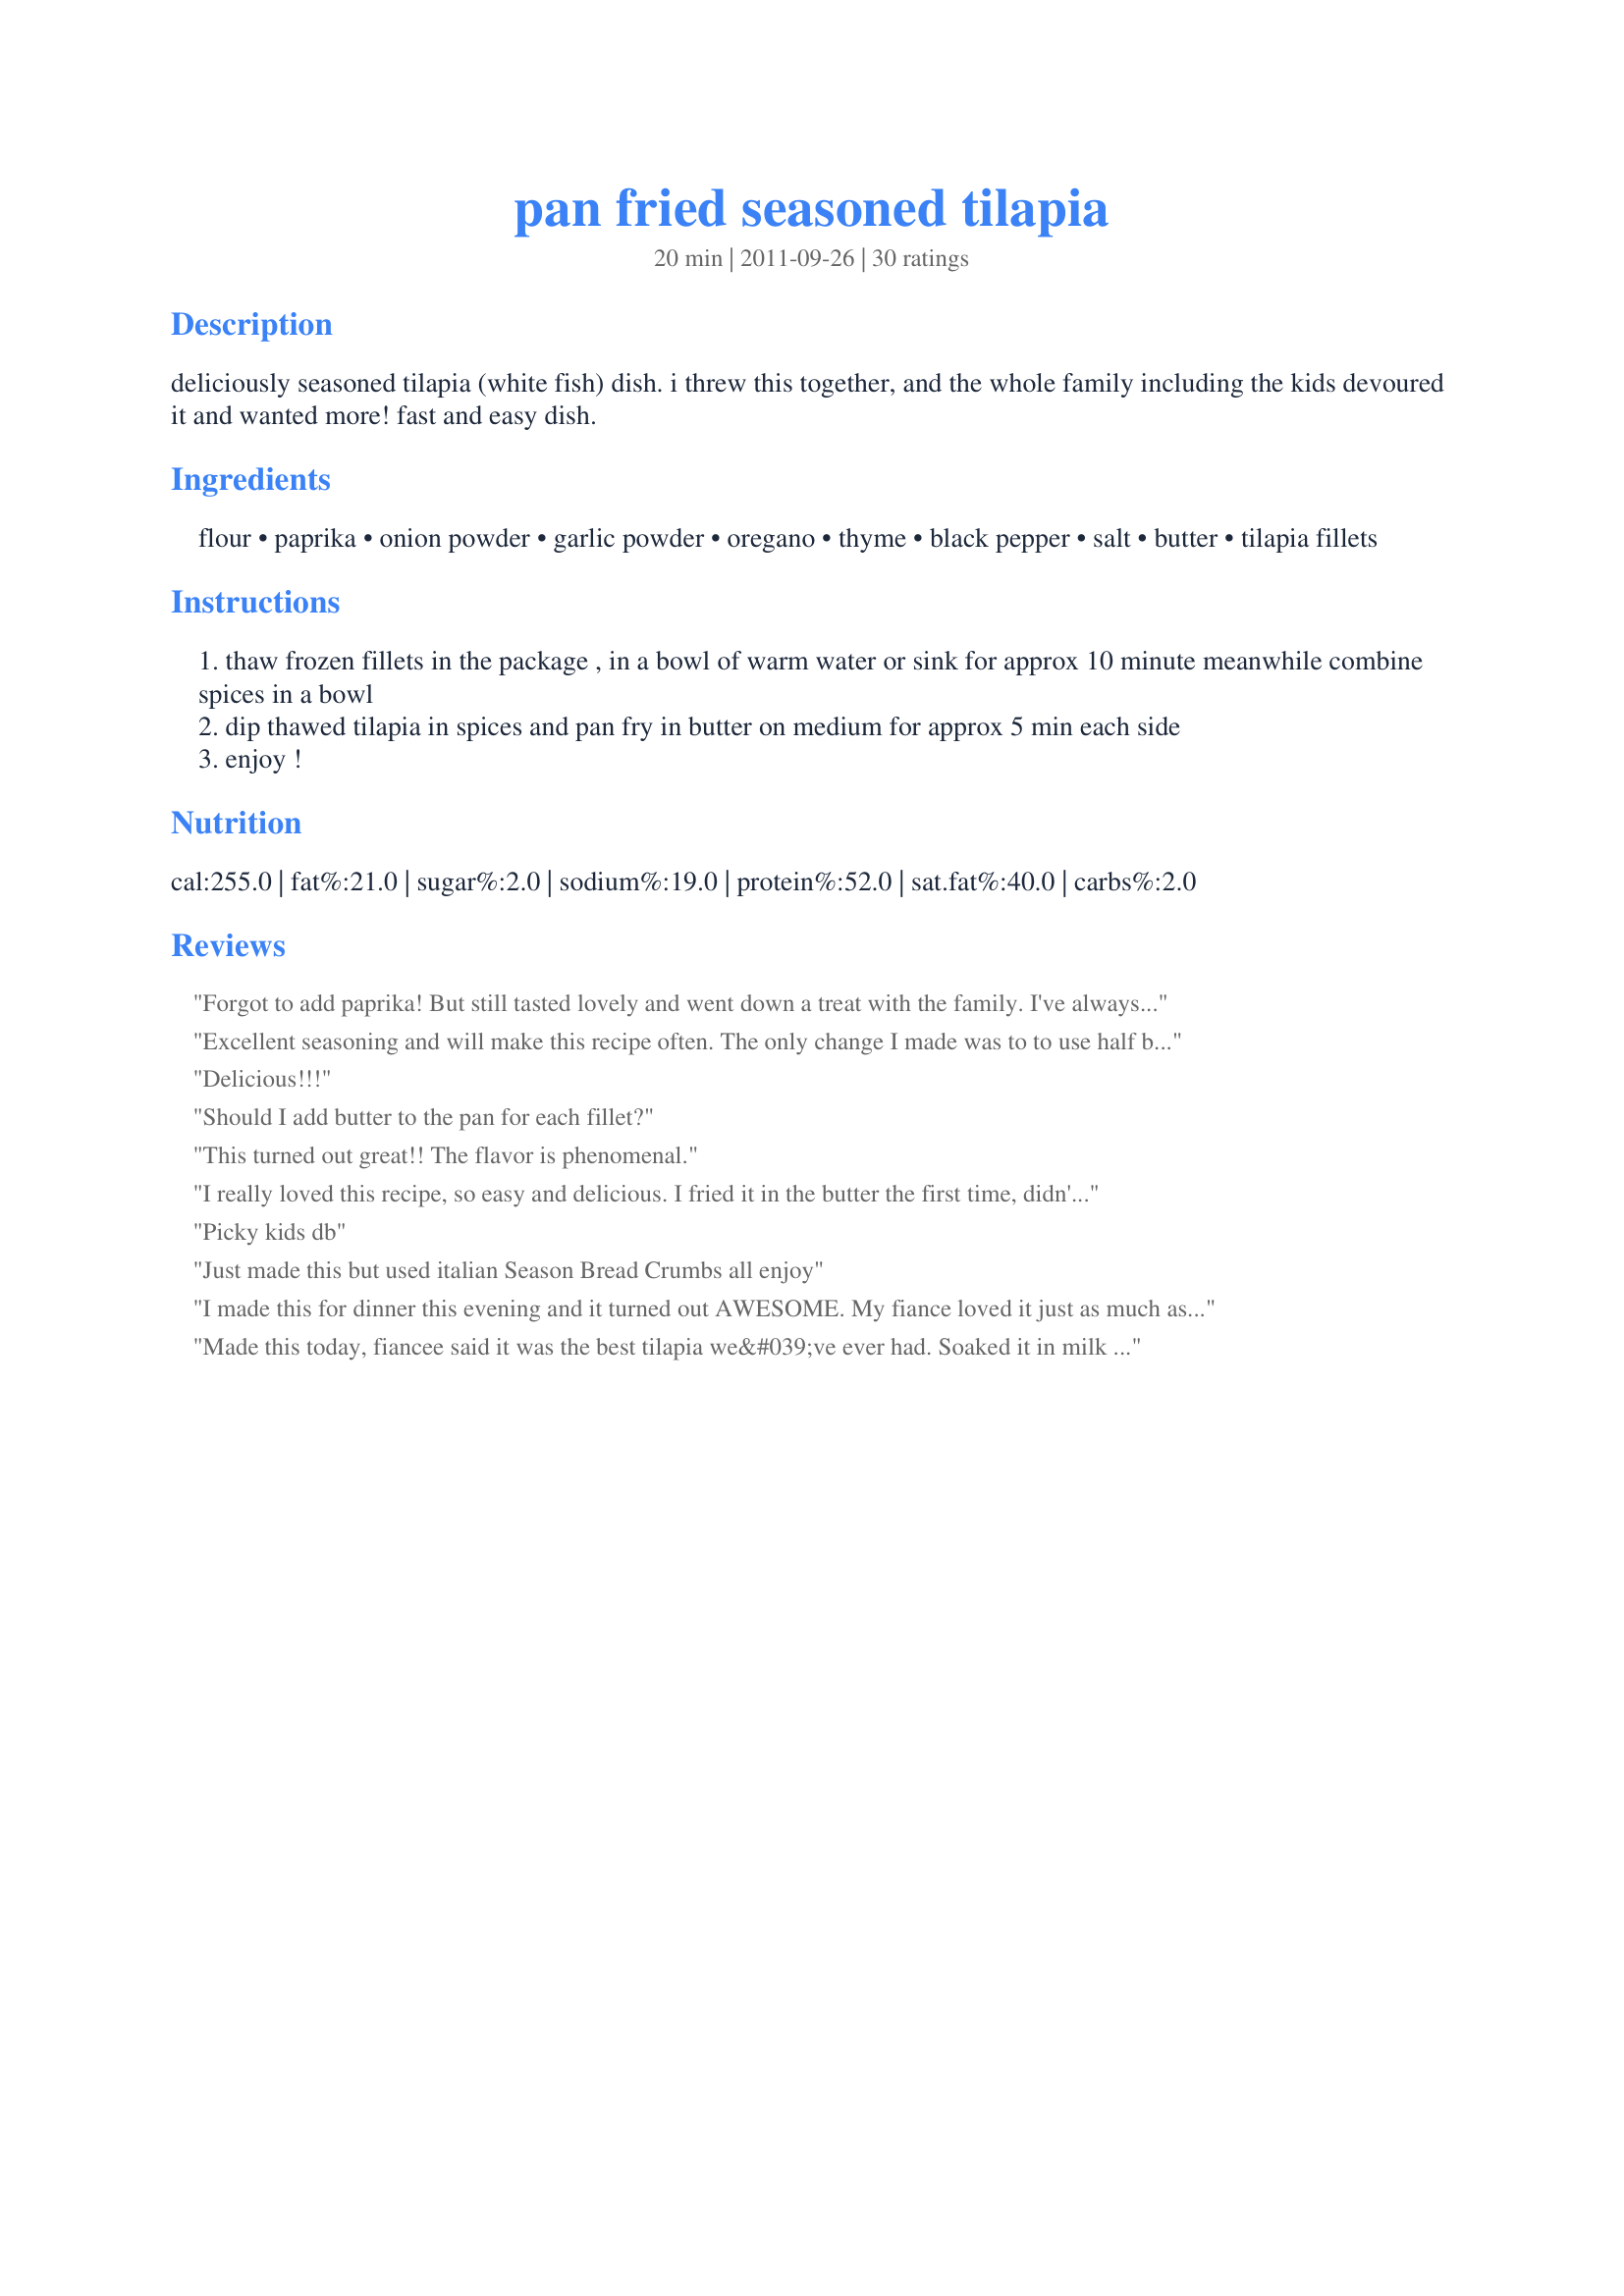
pan fried seasoned tilapia
Preparation time: 20 minutes

deliciously seasoned tilapia (white fish) dish. i threw this together, and the whole family including the kids devoured it and wanted more! fast and easy dish.

Ingredients:
flour, paprika, onion powder, garlic powder, oregano, thyme, black pepper, salt, butter, tilapia fillets

Steps:
thaw frozen fillets in the package , in a bowl of warm water or sink for approx 10 minute meanwhile combine spices in a bowl
dip thawed tilapia in spices and pan fry in butter on medium for approx 5 min each side
enjoy !

Reviews:
Forgot to add paprika! But still tasted lovely and went down a treat with the family. I've always struggled to find something to do with our frozen tilapia but this will now be my go to dish. Took advise and soaked in milk prior to coating also.
Excellent seasoning and will make this recipe often. The only change I made was to to use half butter and half olive oil for the frying. Made for Spring 2013 Pick A Chef.
Delicious!!!
Should I add butter to the pan for each fillet?
This turned out great!! The flavor is phenomenal.
I really loved this recipe, so easy and delicious. I fried it in the butter the first time, didn't like doing that. After reading other reviews, I used olive oil. It was just as tasty, but without the guilty fat and calories. My picky 3 year old likes this more than fish sticks. I love that!!
Picky kids db
Just made this but used italian Season Bread Crumbs all enjoy
I made this for dinner this evening and it turned out AWESOME. My fiance loved it just as much as I did !!!
Made this today, fiancee said it was the best tilapia we&#039;ve ever had. Soaked it in milk as a another user suggested :)
This recipe inspired me to use up some whole wheat flour. For 2 Tilapia filets I used 2 tablespoons of flour mixed with salt and seasonings. Dipped fish in egg, then flour, then fried. Done in less than 10 minutes including cooking time. Thank you!!
I'm making this dish for the 4th time. Absolutely fell in love with it
Great fish recipe! I really liked the combination of herbs/spices on this - it wasn&#039;t spicy but had great flavor. I sauteed my fish in a small amount of margarine and olive oil. Thanks for sharing your recipe! Made for Spring Pick-A-Chef 2013
Rarely do I ever make a review let alone create an account just to do a review, but this was so good that I couldn't help myself. I didn't have onion powder but it was still delicious! I dipped in milk prior as suggested and glad I did. I also tripled the flour and was worried I had diluted the flavor but it was still awesome. I also used olive oil and added butter to keep it from burning which was a good call. I didn't think I needed nearly the frying time called for, more like 2 minutes each side!
oops I forgot the paprika ... but I didn&#039;t miss it. So tasty and even the picky kids liked it. I will make this again and again. I used wholewheat flour and took a fellow member&#039;s advice and soaked my fish in milk prior to the seasoning. Next time I will add the paprika and see which option I enjoy more.
So good! Thanks for sharing. And my house smells so delicious.
Delish! I would love to give you a hug, but my arms are too short...especially when trying to reach from Louisiana.
My new go-to fish recipe. I had to use whole wheat flour as it was all I had in the house, and I only had apx. 1 teaspoon of paprika, but it was still delicious. I fried it in olive oil and served it with a rice medley and carrots - not a bite of anything left!
This was so easy and tasty! I followed the instructions and half of us ate it as a dish and the other half made a sandwich with it. Definately a keeper. Thank you for posting. Made for Spring PAC 2016.
Wonderful! Followed the recipe exactly, except used shortening to fry in.
Absolutely a delicious recipe. Keep them coming.
This is a good recipe. I only had three fillets so I halved all the ingredients except the butter (because I love butter) Other than that I didn't change a thing. It has good flavor and I'll be adding this recipe to my repertoire. In retrospect I should have halved the butter as well because my fish turned out quite greasy. Now I know for next time.
Loved it! No expensive, esoteric ingredients...no long drawn out process. I did use olive oil instead of butter, the seasoning mix made it!
Love this? came out great
This was a good way to eat tilapia. I followed the recipe except I used olive oil for frying instead of butter. Loved the seasonings on this. Made for Zaar New Kids on the Block Tag Game 2011.
OMG!!! It was amazing!! My 6 little people Absolutely LOVED it! I also used a little coconut oil with the butter to lightly fry the fish and made a lemon glaze to go with it! Finger-licking Good! Thanks for sharing
Easy, fast, so tasty. Will definitely use this recipe again for a quick meal. I always have frozen tilapia handy and a vegetable multi-grain medley to serve along side with a serving of cole slaw (shredded cabbage, carrots, green onions tossed with bottled vidalia onion dressing). The whole meal is on the table within 45 minutes. As for the tilapia, I soaked it for a few minutes in a dish of low fat milk, as I do with all frozen fish after defrosting, before coating with the spices.
My mom loves this. She loves gravy so I make a lemon sauce to go with it for her. I use 1/2 tbsp of Old Bay seasoning and leave out the salt. I didn't use oregano because I don't normally use it so didn't have it on hand. I used cornmeal instead of flour.
This made My Talapia, the Best I ever had! I love Talapia, just baked. but what a treat,Thanx!
The recipe looks good however there is a flaw in your directions. You never ever thaw food with warm water....... it's always cold water and if in the sink the water must be changed every 30 mins. My chef instructor at school almost hung someone up by the thumbs for using warm water to thaw stuff. Warm water breeds bacteria. Also try putting some oil in the pan first then the butter and that way the butter will not burn.
